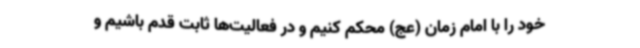
خود را با امام زمان (عج) محکم کنیم و در فعالیت‌ها ثابت قدم باشیم و